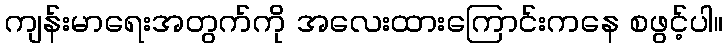
ကျန်းမာရေးအတွက်ကို အလေးထားကြောင်းကနေ စဖွင့်ပါ။